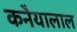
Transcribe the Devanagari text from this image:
कनैयालाल